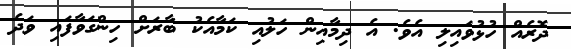
ދޮރެއް ހުޅުވައިލި އެވެ. އެ ދިމާއިން ހަލުއި ކަމާއެކު ބާރަށް ހިންގަވާފައި ވަދެ